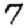
Digit: 7